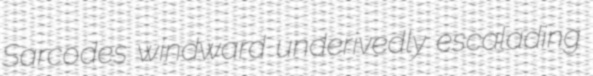
Sarcodes windward underivedly escalading